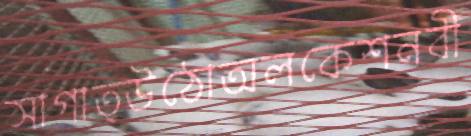
সাগাত্উঠোঅলকেশনবী